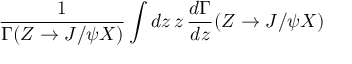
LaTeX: \frac { 1 } { \Gamma ( Z \to J / \psi X ) } \int d z \, z \, \frac { d \Gamma } { d z } ( Z \to J / \psi X )